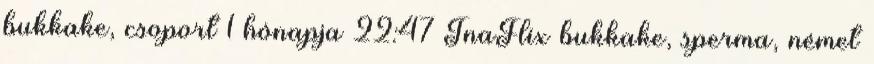
bukkake, csoport 1 hónapja 22:47 TnaFlix bukkake, sperma, német